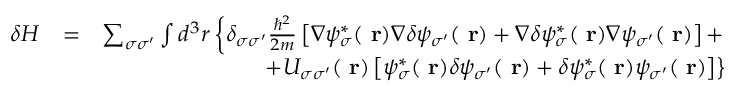
\begin{array} { r l r } { \delta H } & { = } & { \sum _ { \sigma \sigma ^ { \prime } } \int d ^ { 3 } r \left\{ \delta _ { \sigma \sigma ^ { \prime } } \frac { \hbar ^ { 2 } } { 2 m } \left[ \nabla \psi _ { \sigma } ^ { * } ( \mathrm { \bf ~ r } ) \nabla \delta \psi _ { \sigma ^ { \prime } } ( \mathrm { \bf ~ r } ) + \nabla \delta \psi _ { \sigma } ^ { * } ( \mathrm { \bf ~ r } ) \nabla \psi _ { \sigma ^ { \prime } } ( \mathrm { \bf ~ r } ) \right] + \right. } \\ & { } & { \left. + U _ { \sigma \sigma ^ { \prime } } ( \mathrm { \bf ~ r } ) \left[ \psi _ { \sigma } ^ { * } ( \mathrm { \bf ~ r } ) \delta \psi _ { \sigma ^ { \prime } } ( \mathrm { \bf ~ r } ) + \delta \psi _ { \sigma } ^ { * } ( \mathrm { \bf ~ r } ) \psi _ { \sigma ^ { \prime } } ( \mathrm { \bf ~ r } ) \right] \right\} } \end{array}